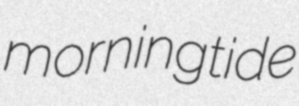
morningtide